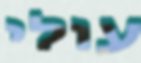
עולי